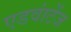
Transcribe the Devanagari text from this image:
एडवांटेंज